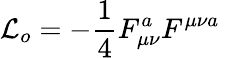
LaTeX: {\cal L}_{o}=-\frac{1}{4}F_{\mu\nu}^{a}F^{\mu\nu a}\,